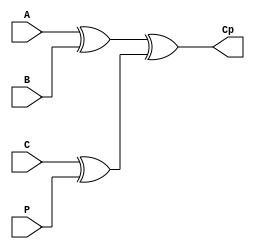
`timescale 1ns / 1ps        //12181457  Week2HW2


module week2HW2(
    input A,                //input A 
    input B,                //input B 
    input C,                //input C 
    input P,                //input P 
    output Cp               //output Cp 
    );
    wire w1;                //wire w1 
    wire w2;                //wire w2 
    
    xor xor1 (w1, A, B);      //w1 = A xor B
    xor xor2 (w2, C, P);      //w2 = C xor P
    xor xor3 (Cp, w1, w2);     //Cp = w1 xor w2
endmodule